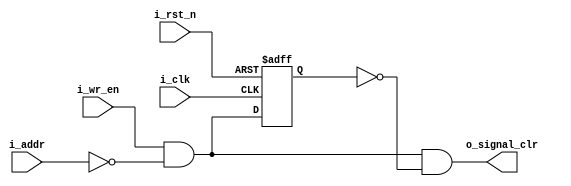
// Function: 
//  read signal stall logic  
//  generate _clr on read

    
`ifndef DELAY
    `define DELAY #0.1
`endif

    
module RDSTALL # (
    parameter           SIG_ADDR = 10'h0    ,  //the counter low part register address
    parameter           ADDR_WIDTH = 10          
)
(
    input                           i_clk,
    input                           i_rst_n,
    input [ADDR_WIDTH-1:0]          i_addr,
    input                           i_wr_en,
 
    output                          o_signal_clr
);

    wire                            c_wr_stall;        //read signal
    reg                             r_wr_stall;
     
    //detect reading on specified address
    assign c_wr_stall = i_wr_en && (i_addr == SIG_ADDR);
    
    always @ (posedge i_clk or negedge i_rst_n) begin
        if(~i_rst_n) begin
            r_wr_stall <= `DELAY 1'b0;
        end
        else begin
            r_wr_stall <= `DELAY c_wr_stall;
        end
    end
    
    assign o_signal_clr = c_wr_stall && (~r_wr_stall);
    
endmodule